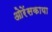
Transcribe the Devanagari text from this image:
ओरेंसकाया